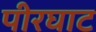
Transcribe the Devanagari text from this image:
पीरघाट